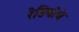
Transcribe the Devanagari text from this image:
रेडियोचे